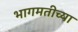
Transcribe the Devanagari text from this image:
भागमतीच्या